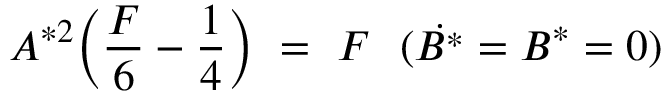
A ^ { * 2 } \Big ( \frac { F } { 6 } - \frac { 1 } { 4 } \Big ) \ = \ F \ \ ( \Dot { B ^ { * } } = B ^ { * } = 0 )